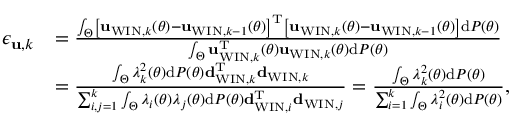
\begin{array} { r l } { { \epsilon _ { { \bf u } , k } } } & { = \frac { \int _ { \Theta } \left[ { { { \bf { u } } _ { \mathrm { W I N } , k } } \left( { \theta } \right) - { { \bf { u } } _ { \mathrm { W I N } , k - 1 } } \left( { \theta } \right) } \right] ^ { \mathrm { T } } \left[ { { { \bf { u } } _ { \mathrm { W I N } , k } } \left( { \theta } \right) - { { \bf { u } } _ { \mathrm { W I N } , k - 1 } } \left( { \theta } \right) } \right] \mathrm { d } { \cal P } \left( \theta \right) } { \int _ { \Theta } { { \bf { u } } _ { \mathrm { W I N } , k } ^ { \mathrm { T } } } \left( { \theta } \right) { { \bf { u } } _ { \mathrm { W I N } , k } } \left( { \theta } \right) \mathrm { d } { \cal P } \left( \theta \right) } } \\ & { = \frac { \int _ { \Theta } \lambda _ { k } ^ { 2 } \left( \theta \right) \mathrm { d } { \cal P } \left( \theta \right) { \bf d } _ { \mathrm { W I N } , k } ^ { \mathrm { T } } { \bf d } _ { \mathrm { W I N } , k } } { \sum _ { i , j = 1 } ^ { k } \int _ { \Theta } \lambda _ { i } \left( \theta \right) \lambda _ { j } \left( \theta \right) \mathrm { d } { \cal P } \left( \theta \right) { \bf d } _ { \mathrm { W I N } , i } ^ { \mathrm { T } } { \bf d } _ { \mathrm { W I N } , j } } = \frac { \int _ { \Theta } \lambda _ { k } ^ { 2 } \left( \theta \right) \mathrm { d } { \cal P } \left( \theta \right) } { \sum _ { i = 1 } ^ { k } \int _ { \Theta } \lambda _ { i } ^ { 2 } \left( \theta \right) \mathrm { d } { \cal P } \left( \theta \right) } , } \end{array}